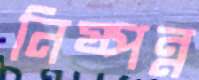
নিষ্পন্ন